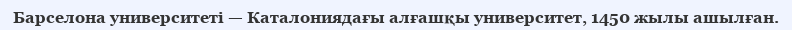
Барселона университеті — Каталониядағы алғашқы университет, 1450 жылы ашылған.